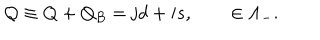
{ \cal { Q } } \equiv Q + Q _ { B } = { \bf \mathrm { j } } d + { \bf \mathrm { i } } s , \qquad \in \Lambda _ { - } .